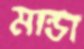
মান্ডা